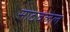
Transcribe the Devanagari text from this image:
साठवलेल